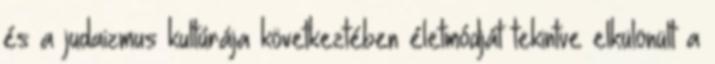
és a judaizmus kultúrája következtében életmódját tekintve elkülönült a